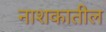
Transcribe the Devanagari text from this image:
नाशकातील